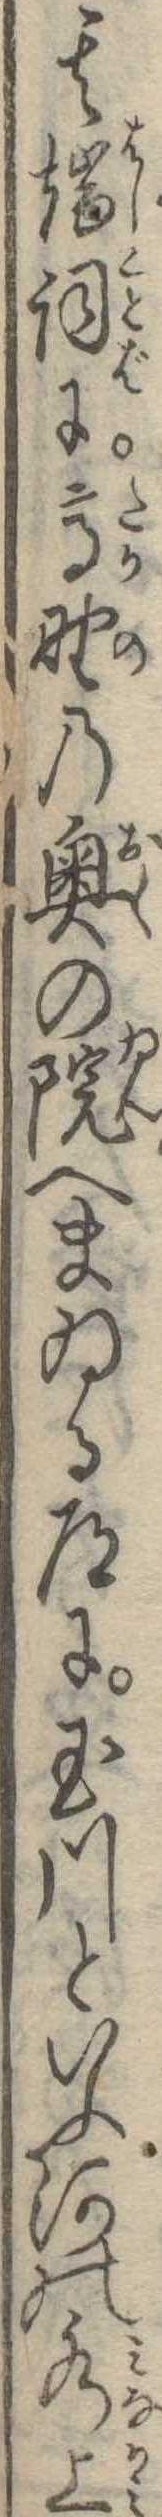
其端詞に高野の奥の院へまゐる道に玉川といふ河の水上